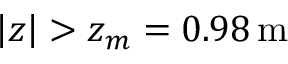
\left| z \right| > z _ { m } = 0 . 9 8 \, \mathrm { m }